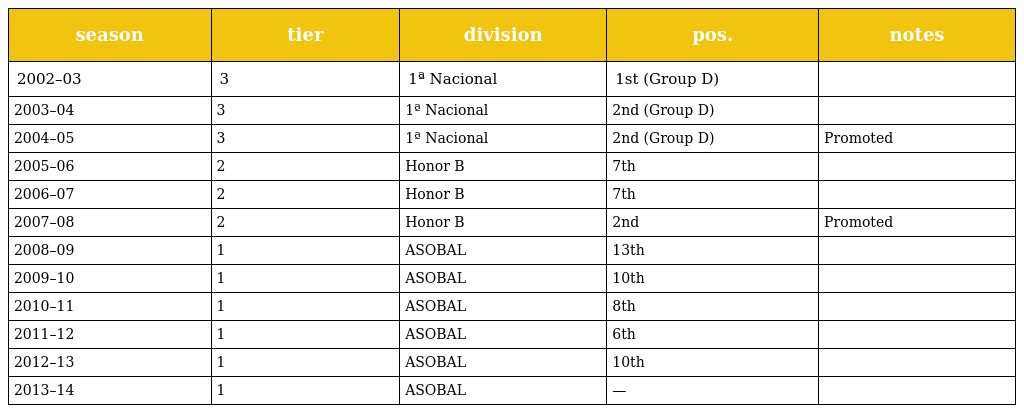
| season | tier | division | pos. | notes |
 | --- | --- | --- | --- | --- |
 | 2002–03 | 3 | 1ª Nacional | 1st (Group D) |  |
 | 2003–04 | 3 | 1ª Nacional | 2nd (Group D) |  |
 | 2004–05 | 3 | 1ª Nacional | 2nd (Group D) | Promoted |
 | 2005–06 | 2 | Honor B | 7th |  |
 | 2006–07 | 2 | Honor B | 7th |  |
 | 2007–08 | 2 | Honor B | 2nd | Promoted |
 | 2008–09 | 1 | ASOBAL | 13th |  |
 | 2009–10 | 1 | ASOBAL | 10th |  |
 | 2010–11 | 1 | ASOBAL | 8th |  |
 | 2011–12 | 1 | ASOBAL | 6th |  |
 | 2012–13 | 1 | ASOBAL | 10th |  |
 | 2013–14 | 1 | ASOBAL | — |  |